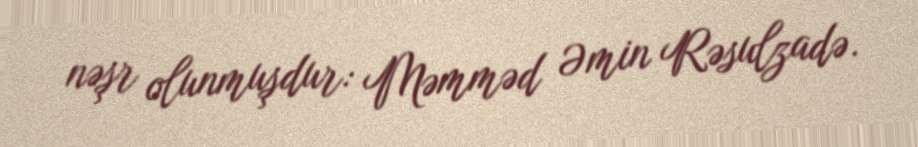
nəşr olunmuşdur: Məmməd Əmin Rəsulzadə.